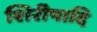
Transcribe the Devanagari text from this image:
शिरीषादि